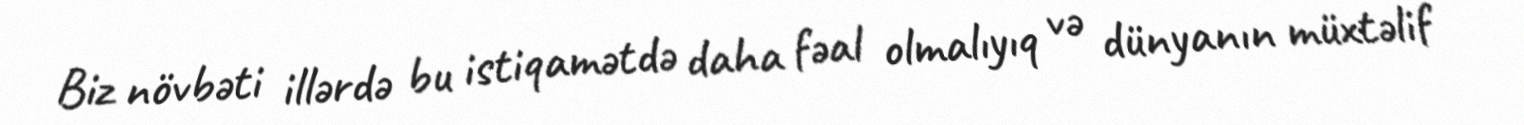
Biz növbəti illərdə bu istiqamətdə daha fəal olmalıyıq və dünyanın müxtəlif